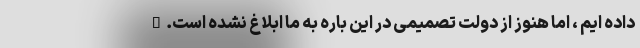
داده ایم ، اما هنوز از دولت تصمیمی در این باره به ما ابلاغ نشده است."